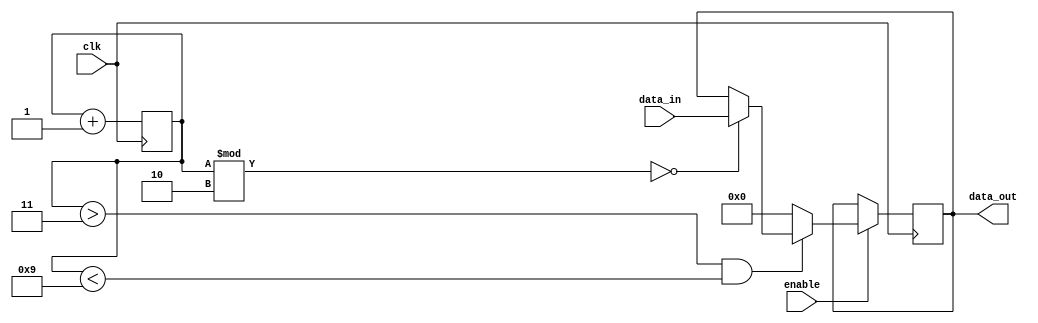
`timescale 1ns / 1ps
//////////////////////////////////////////////////////////////////////////////////
// Company: 
// Engineer: 
// 
// Design Name: 
// Module Name:    es13b1024_1 
// Project Name: 
// Target Devices: 
// Tool versions: 
// Description: 
//
// Dependencies: 
//
// Revision: 
// Revision 0.01 - File Created
// Additional Comments: 
//
//////////////////////////////////////////////////////////////////////////////////
module top(
	input clk,
	input wire enable,
	input wire[3:0] data_in,
	output wire[3:0] data_out
);

reg [3:0] clk_out;
reg [3:0] c;
initial clk_out = 4'b0000;

always@(negedge clk)
begin
		clk_out = clk_out + 4'b0001;
end


always@(negedge clk)
begin
if(enable)
begin
	if(clk_out>3 && clk_out<9)
	begin
		if(clk_out%2 == 0)
		begin
			c = data_in;
		end
	end
	else 
		begin
			c = 4'b0000;
		end
	end
end
assign data_out = c;
endmodule